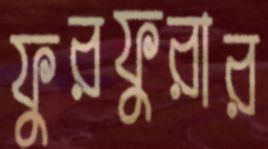
ফুরফুরার